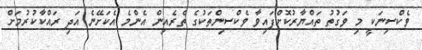
ވެކްސިނަކީ މި ވަގުތު ތައްޔާރުކޮށްފައިވާ ވެކްސިންތަކުގެ ތެރެއިން އެންމެ އެކަށޭނެ އަދި ރައްކާކުރުމަށް